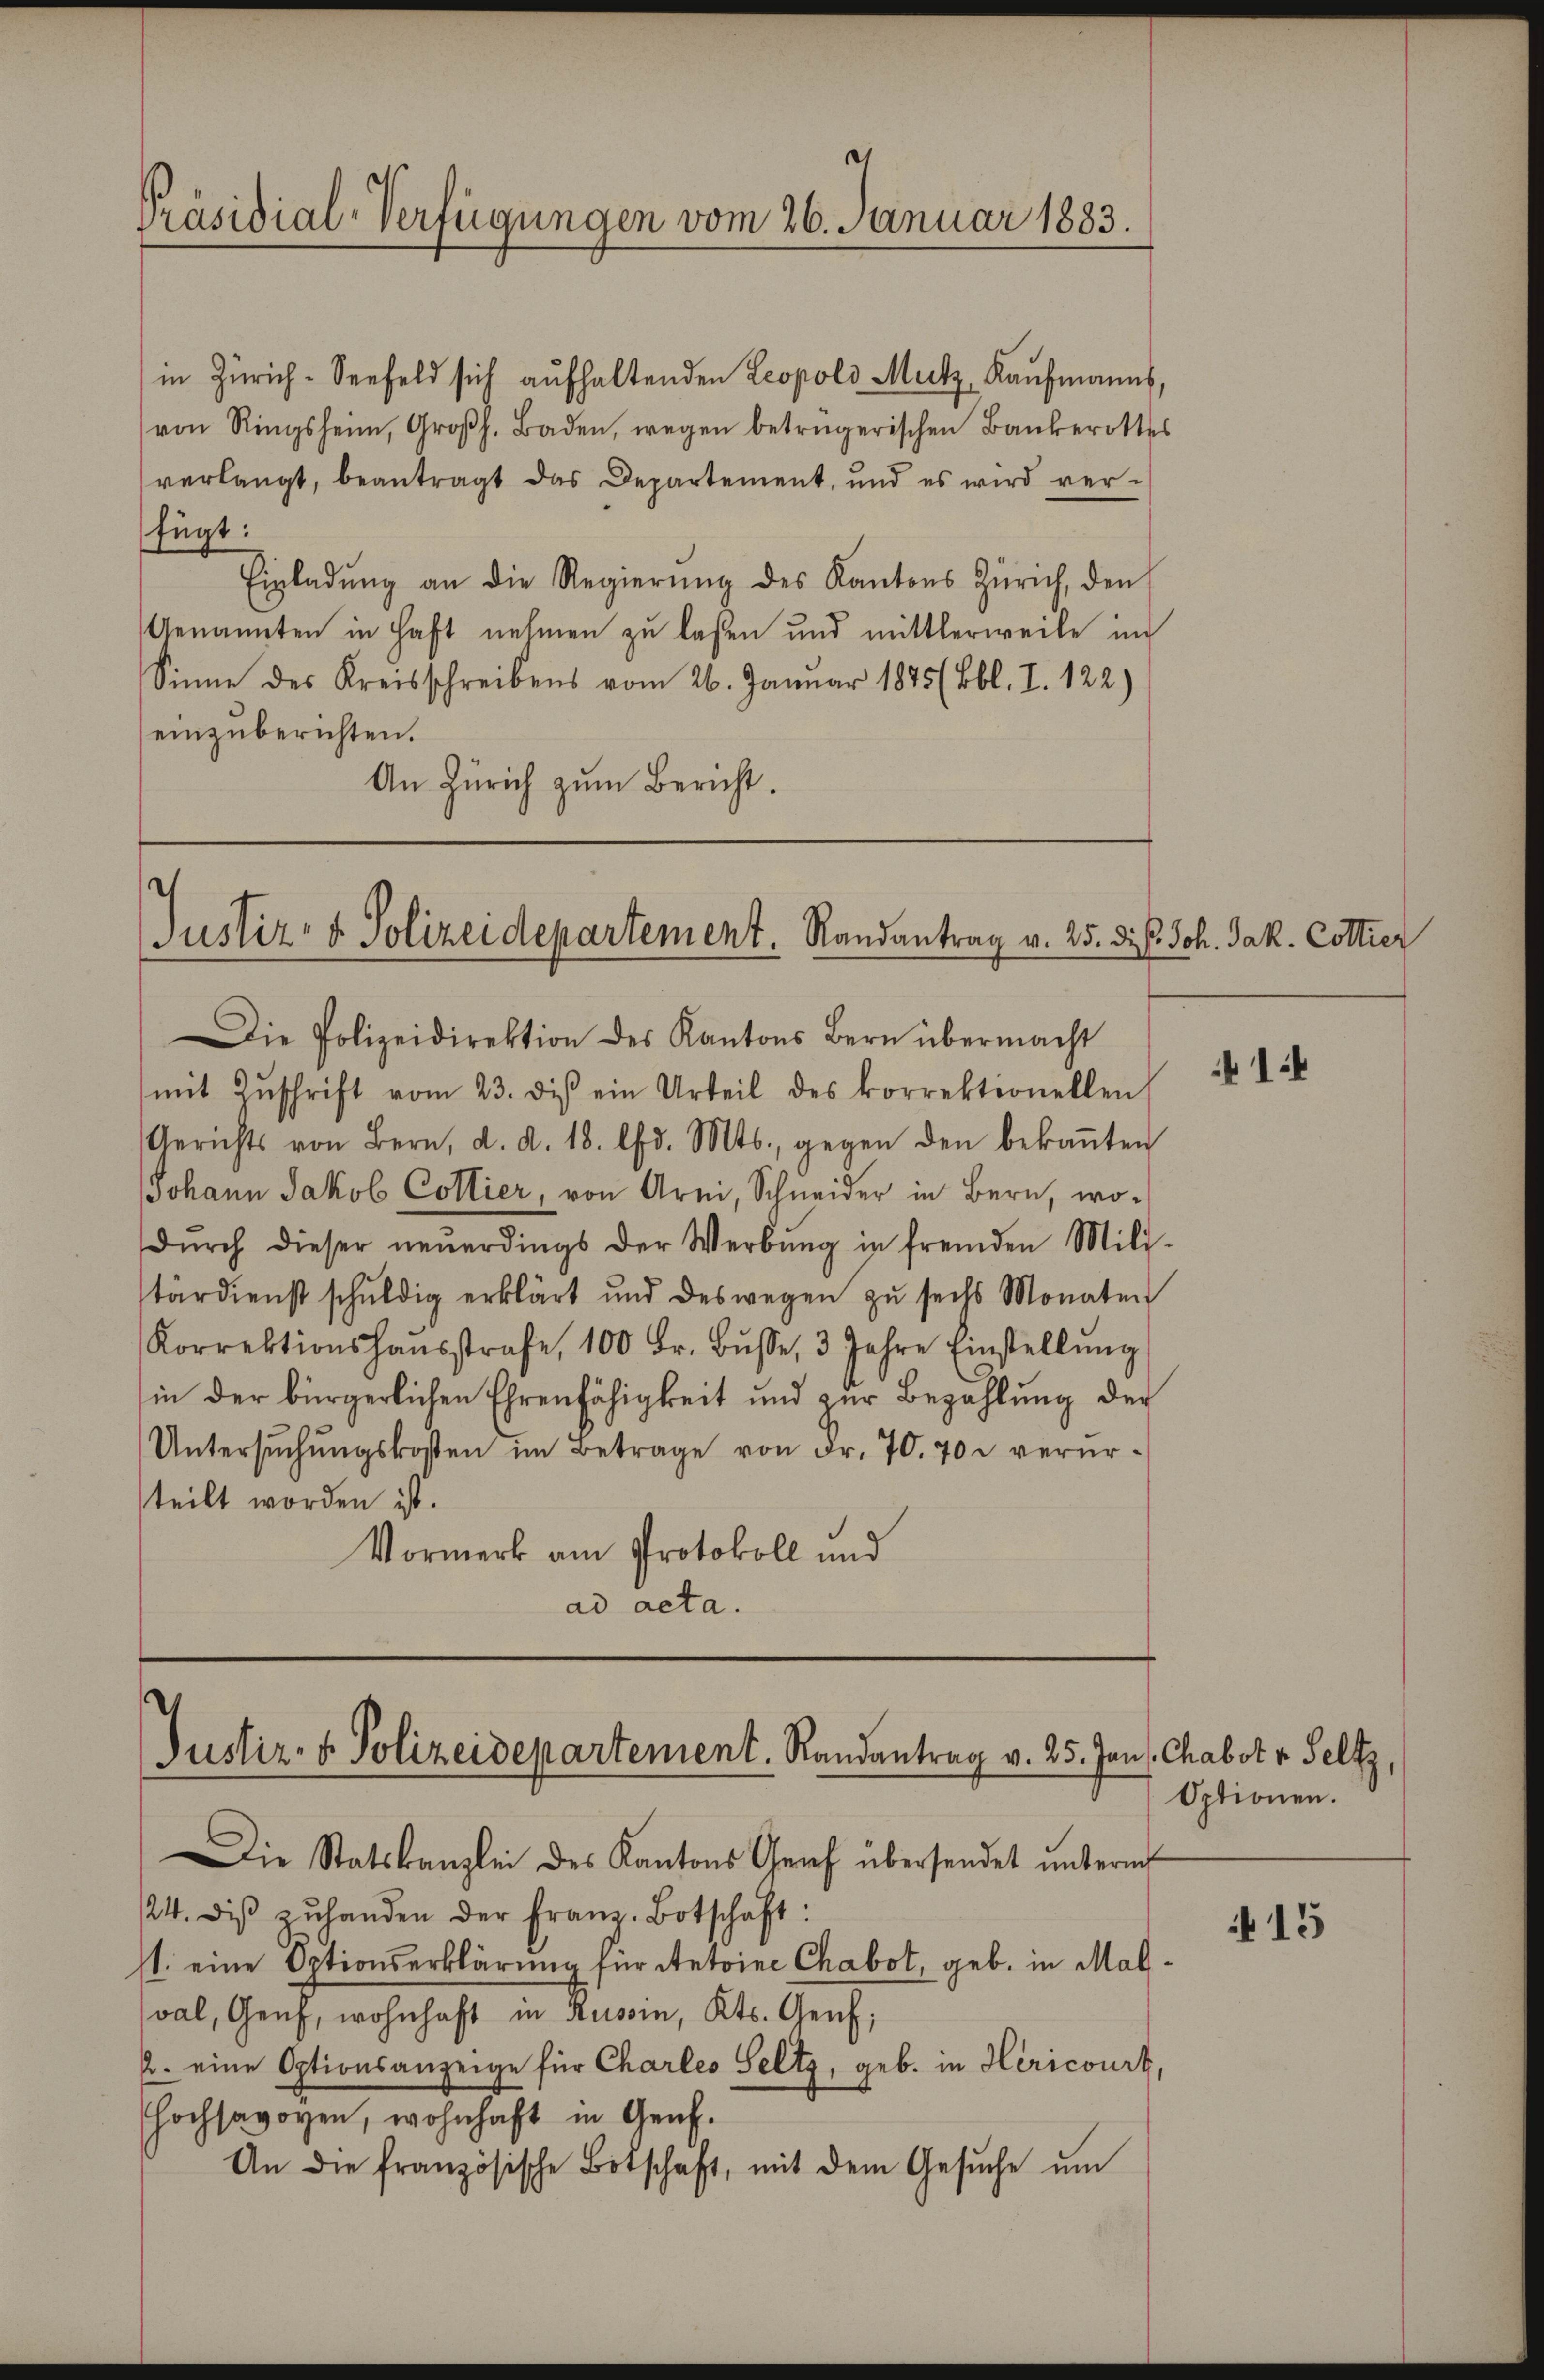
in Zürich-Seefeld sich aufhaltenden Leopold Mutz, Kaŭfmanns,
von Ringsheim, Großh. Baden, wegen betrügerischen Bankerottes
verlangt, beantragt das Departement, und es wird ver-
fügt:
Einladŭng an die Regierŭng des Kantons Zürich, den
Genannten in Haft nehmen zu lassen und mittlerweile im
Sinne des Kreisschreibens vom 26. Januar 1845 (Bbl. I. 122)
einzuberichten.
An Zürich zum Bericht.

Präsidial-Verfügungen vom 26. Januar 1883.

Justiz- & Polizeidepartement. Randantrag v. 25. dies Joh. Jak. Cottier

Justiz- & Polizeidepartement. Randantrag v. 25. Jan. Chabot v. Seltz,

ie Polizeidirektion des Kantons Bern übermacht
mit Zŭschrift vom 23. diβ ein Urteil des korrektionellen
Gerichts von Bern, d. d. 18. d. Mts., gegen den bekaṅten
Johann Jakob Collier, von Arni, Schneider in Bern, wo-
dŭrch dieser neŭerdings der Werbŭng in fremden Mili-
tärdienst schŭldig erklärt und deswegen zŭ sechs Monaten
Korrektionshaŭsstrafe, 100 Fr. Bŭsse, 3 Jahre Einstellŭng
in der bürgerlichen Ehrenfähigkeit und zŭr Bezahlung der
Untersŭchŭngskosten im Betrage von Fr. 70. 70 u verursteilt worden ist.
Vormerk am Protokoll und
ad acta.

Die Statskanzlei des Kantons Graf übersendet ŭnterm
24. diβ zŭ handen der Franz. Botschaft:
st. eine Optionserklärung für Antoine Chabot, geb. in Malval, Genf, wohnhaft in Russin, Kts. Genf,
2. eine Optionsanzeige für Charles Seltz, geb. in Hericourt,
Hochsavoyen, wohnhaft in Genf.
An die französische Botschaft, mit dem Gesŭche ŭm

14

Optionen.

f 15